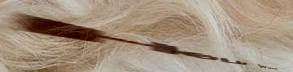
Help Wanted